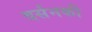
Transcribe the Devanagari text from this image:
दर्सनकी